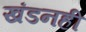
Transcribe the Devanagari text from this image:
खंडनही